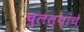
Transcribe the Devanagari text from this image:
चुलत्यांचे